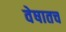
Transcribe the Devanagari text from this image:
वेषातच